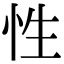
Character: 性